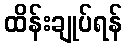
ထိန်းချုပ်ရန်